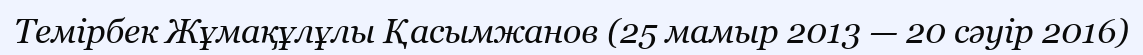
Темірбек Жұмақұлұлы Қасымжанов (25 мамыр 2013 — 20 сәуір 2016)